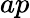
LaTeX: ap